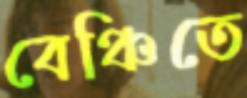
বেঞ্চিতে